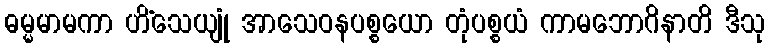
ဓမ္မမာမကာ ဟိံသေယျုံ အာသေဝနပစ္စယော တုံပစ္စယံ ကာမဘောဂိနာတိ ဒီသု